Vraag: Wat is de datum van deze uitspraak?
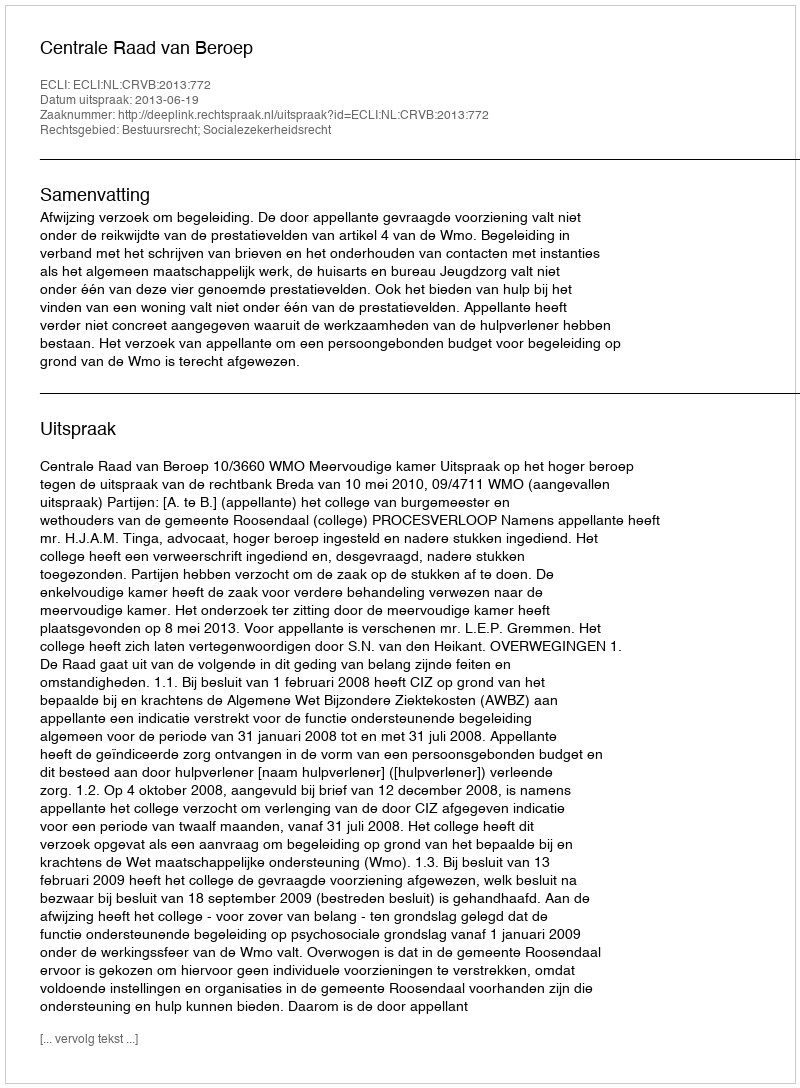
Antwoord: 2013-06-19